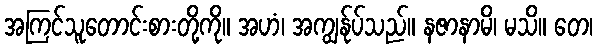
အကြင်သူတောင်းစားတို့ကို။ အဟံ၊ အကျွန်ုပ်သည်။ နဇာနာမိ၊ မသိ။ တေ၊